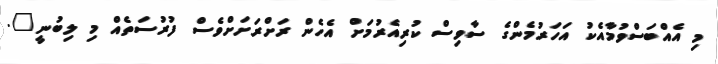
މި އެއްބަސްވުމާއެކު އަހަރުމެންގެ ސާވިސް ކުރިއެރުމަށް އެހެން ރަށްރަށަށްވެސް ފުރުސަތެއް މި ލިބުނީ".